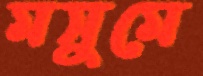
মসুমে